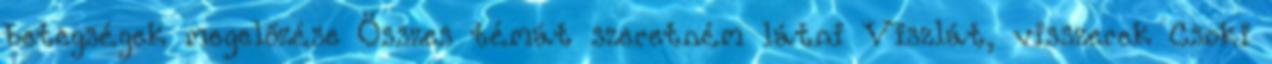
betegségek megelőzése Összes témát szeretném látni Viszlát, visszerek Csoki